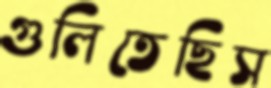
গুলিতেছিস